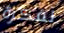
لفكرة